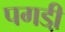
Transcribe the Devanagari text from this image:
पगडी़